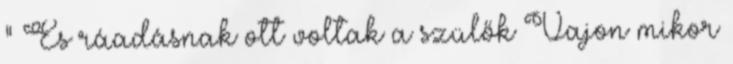
" És ráadásnak ott voltak a szülők Vajon mikor